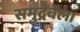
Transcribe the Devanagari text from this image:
समुद्रवेला